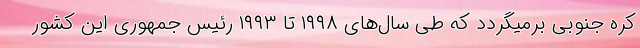
کره جنوبی برمیگردد که طی سال‌های ۱۹۹۸ تا ۱۹۹۳ رئیس جمهوری این کشور